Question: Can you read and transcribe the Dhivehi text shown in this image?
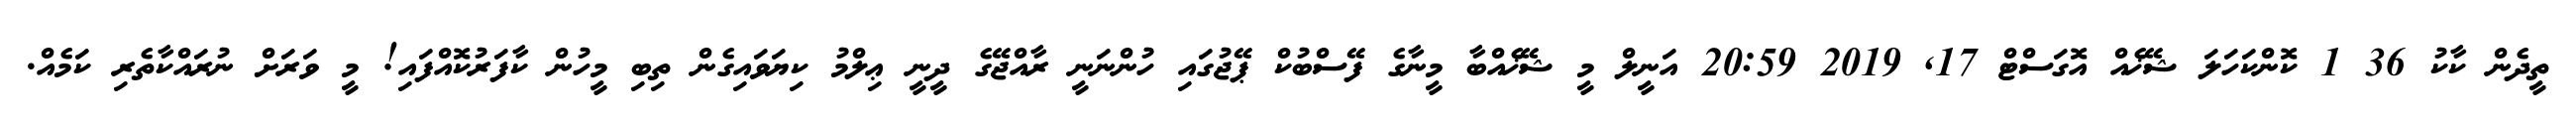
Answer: ތީދެން ކާކު 36 1 ކޮންކަހަލަ ޝޭޚެއް އޮގަސްޓް 17, 2019 20:59 އަނީލް މީ ޝޭޚެއްބާ މީނާގެ ފޭސްބުކް ޕޭޖުގައި ހުންނަނީ ރާއްޖޭގެ ދީނީ ޢިލްމު ކިޔަވައިގެން ތިބި މީހުން ކާފަރުކޮއްފައި! މީ ވަރަށް ނުރައްކާތެރި ކަމެއް.